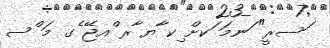
ަސރީ" ަނމަ ަކށް ިކ ާޔ ާރ ްއޖޭ ެގ މަ ްސ